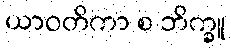
ယာဝတိကာ စ ဘိက္ခူ